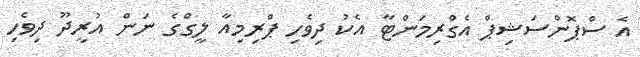
އެ ސްޕޮންސަޝިޕް އެގްރިމަންޓާ އެކު ދިވެހި ޕްރިމިއާ ލީގްގެ ނަން އުރީދޫ ދިވެހި